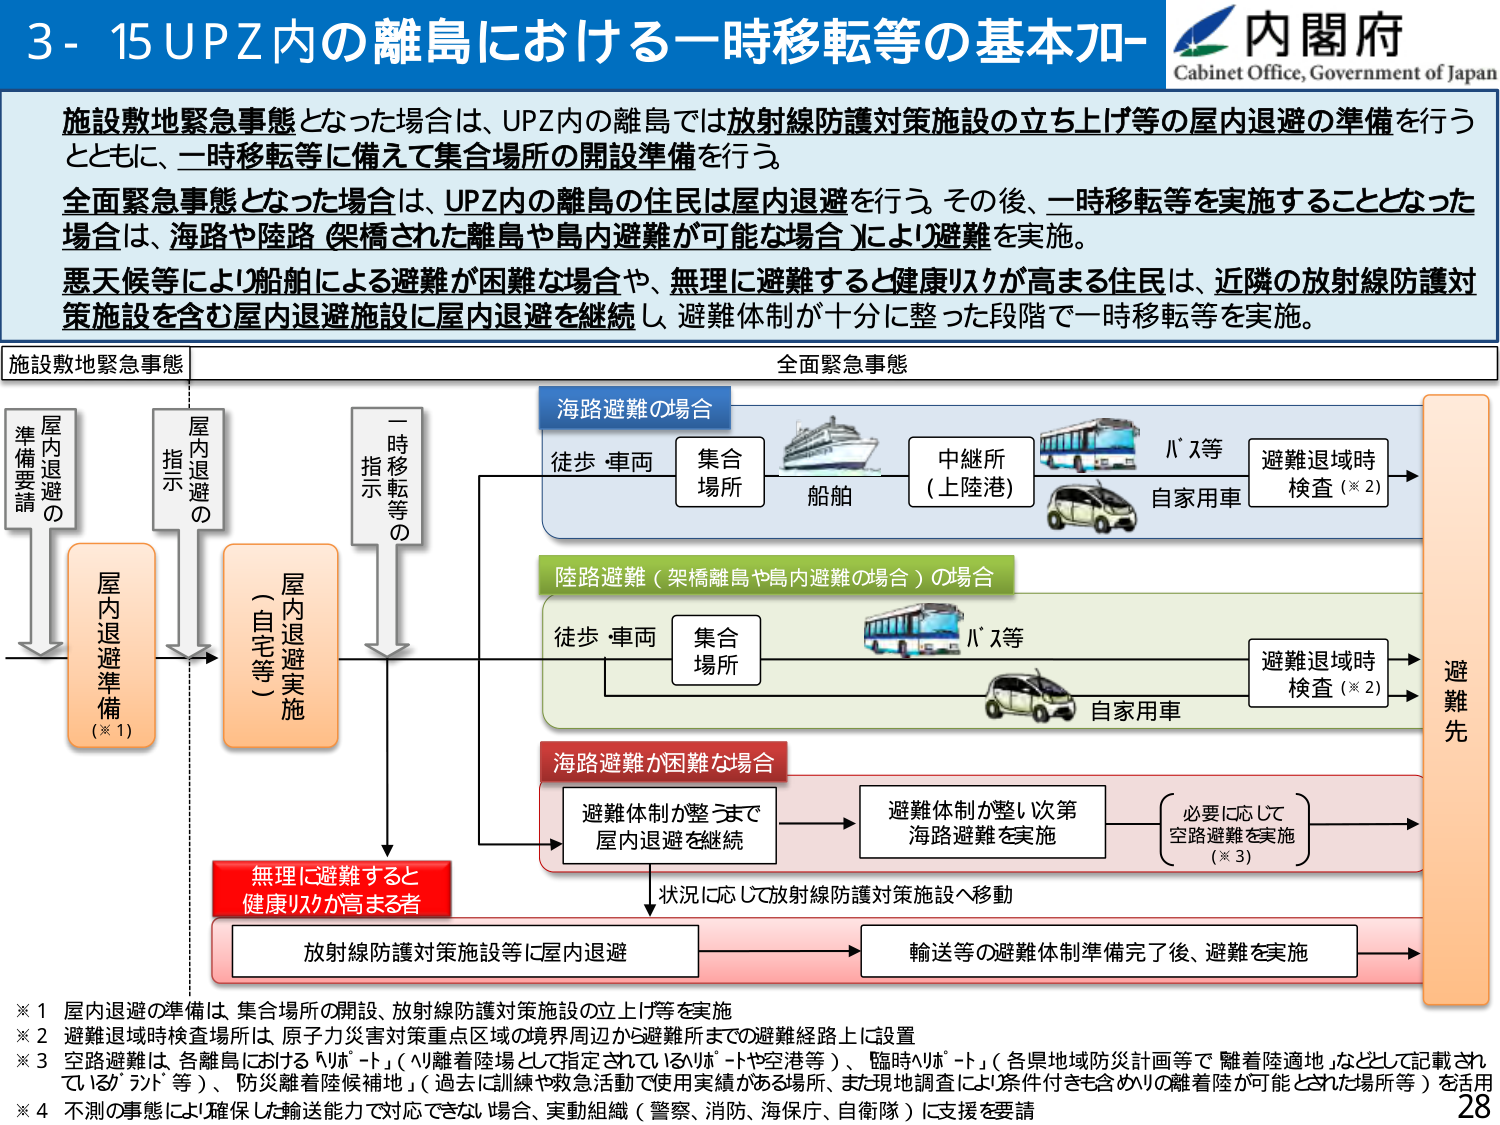
3 - 15 UPZ内の離島における一時移転等の基本フロー
内閣府
Cabinet Office, Government of Japan

施設敷地緊急事態となった場合は、UPZ内の離島では放射線防護対策施設の立ち上げ等の屋内退避の準備を行う
とともに、一時移転等に備えて集合場所の開設準備を行う。
全面緊急事態となった場合は、UPZ内の離島の住民は屋内退避を行う。その後、一時移転等を実施することとなった
場合は、海路や陸路（架橋された離島や島内避難が可能な場合）により避難を実施。
悪天候等により船舶による避難が困難な場合や、無理に避難すると健康リスクが高まる住民は、近隣の放射線防護対
策施設を含む屋内退避施設に屋内退避を継続し、避難体制が十分に整った段階で一時移転等を実施。

施設敷地緊急事態
全面緊急事態

屋内退避の
準備要請
屋内退避の
指示
一時移転等の
指示

屋内退避準備（※1）
屋内退避実施（自宅等）

海路避難の場合
徒歩・車両 → 集合場所 → 船舶 → 中継所（上陸港） → バス等 → 自家用車 → 避難退域時検査（※2）

陸路避難（架橋離島や島内避難の場合）の場合
徒歩・車両 → 集合場所 → バス等 → 自家用車 → 避難退域時検査（※2）

海路避難が困難な場合
避難体制が整うまで屋内退避を継続 → 避難体制整い次第海路避難を実施 → （必要に応じて空路避難を実施（※3））

無理に避難すると健康リスクが高まる者
状況に応じて放射線防護対策施設へ移動
放射線防護対策施設等に屋内退避 → 輸送等の避難体制準備完了後、避難を実施

避難先

※1 屋内退避の準備は、集合場所の開設、放射線防護対策施設の立ち上げ等を実施
※2 避難退域時検査場所は、原子力災害対策重点区域の境界周辺から避難地までの避難経路上に設置
※3 空路避難は、各離島における「ハバート」（「離着陸場」として指定されているハバートや空港等）、「臨時ハバート」（各県地域防災計画等で「離着陸適地」などとして記載されている「ランド」等）、「防災離着陸候補地」（過去に訓練や救急活動で使用実績がある場所、または現地調査により条件付きでも含めりの離着陸が可能とされた場所等）を活用
※4 不測の事態により確保した輸送能力で対応できない場合、実動組織（警察、消防、海保、自衛隊）に支援を要請

28